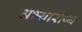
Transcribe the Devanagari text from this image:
अभ्यारोप्य